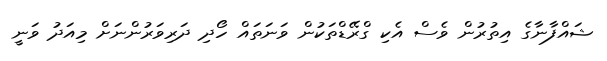
ޝައްފާނާގެ އިތުރުން ވެސް އެކި ގްރޭޑްތަކުން ވަނަތައް ހޯދި ދަރިވަރުންނަށް މިއަދު ވަނީ